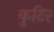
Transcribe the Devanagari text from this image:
कुटिर